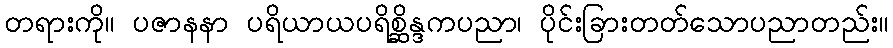
တရားကို။ ပဇာနနာ ပရိယာယပရိစ္ဆိန္ဒကပညာ၊ ပိုင်းခြားတတ်သောပညာတည်း။